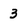
Character: 3